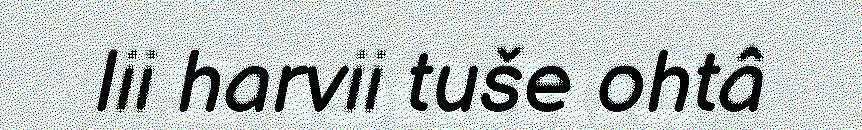
lii harvii tuše ohtâ